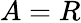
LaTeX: A=R